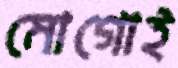
মোগোই